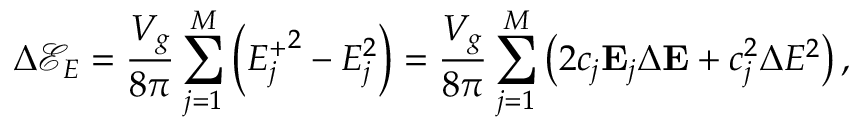
\Delta \mathcal { E } _ { E } = \frac { V _ { g } } { 8 \pi } \sum _ { j = 1 } ^ { M } \left( { E _ { j } ^ { + } } ^ { 2 } - E _ { j } ^ { 2 } \right) = \frac { V _ { g } } { 8 \pi } \sum _ { j = 1 } ^ { M } \left( 2 c _ { j } \mathbf { E } _ { j } \Delta \mathbf { E } + c _ { j } ^ { 2 } \Delta E ^ { 2 } \right) ,